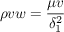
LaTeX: \rho v w = { \frac { \mu v } { \delta _ { 1 } ^ { 2 } } }